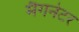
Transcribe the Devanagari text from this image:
मैगनेटर